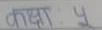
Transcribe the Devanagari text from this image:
ओजन Y